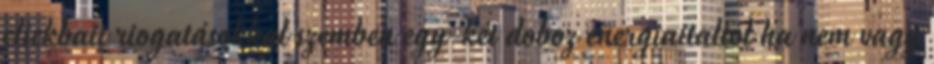
clickbait riogatásokkal szemben egy-két doboz energiaitaltól ha nem vagy